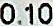
0.10